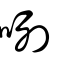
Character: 咧